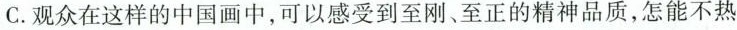
C.观众在这样的中国画中，可以感受到至刚、至正的精神品质，怎能不热